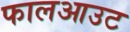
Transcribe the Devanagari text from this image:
फालआउट